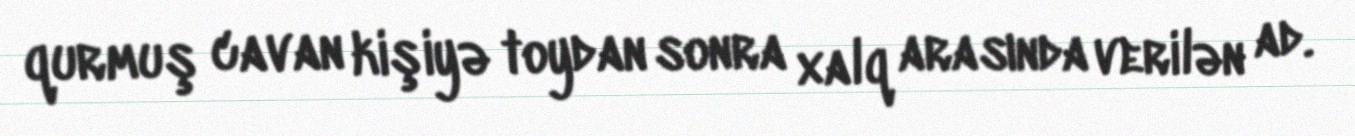
qurmuş cavan kişiyə toydan sonra xalq arasında verilən ad.